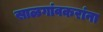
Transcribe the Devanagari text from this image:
साळगांवकरांना